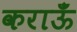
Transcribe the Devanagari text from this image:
कराऊँ